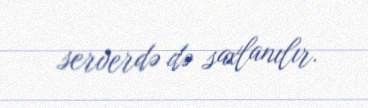
serverdə də saxlanılır.